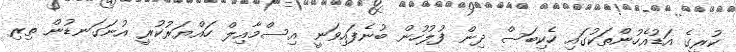
ކުރީގެ އަޑުއެހުންތަކުގައި ހެކިބަސް ދިން ފުލުހުން ބުނެފައިވަނީ އިސްމާއިލް ހައްޔަރުކުރީ އުނަގަނޑުން ތިރި